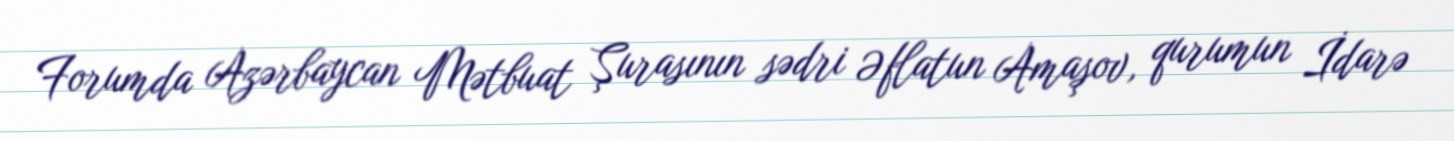
Forumda Azərbaycan Mətbuat Şurasının sədri Əflatun Amaşov, qurumun İdarə